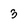
Character: 3